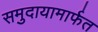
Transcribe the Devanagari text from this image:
समुदायामार्फत